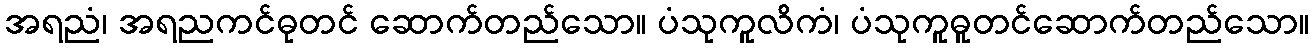
အရညံ၊ အရညကင်ဓုတင် ဆောက်တည်သော။ ပံသုကူလိကံ၊ ပံသုကူဓူတင်ဆောက်တည်သော။